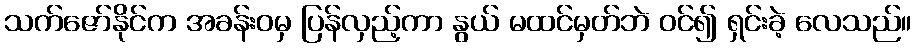
သက်ဇော်နိုင်က အခန်းဝမှ ပြန်လှည့်ကာ နွယ် မထင်မှတ်ဘဲ ဝင်၍ ရှင်းခဲ့ လေသည်။